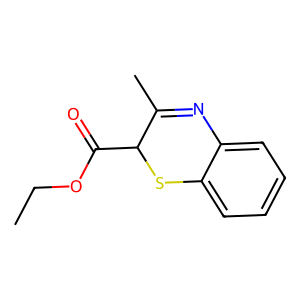
SMILES: CCOC(=O)C1Sc2ccccc2N=C1C
Inhibits HIV replication: No